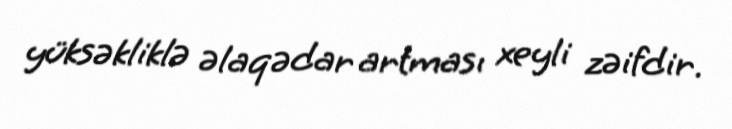
yüksəkliklə əlaqədar artması xeyli zəifdir.